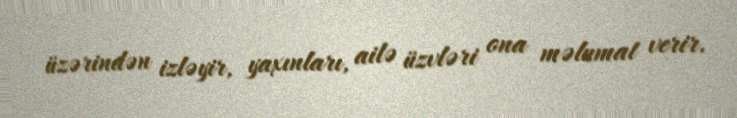
üzərindən izləyir, yaxınları, ailə üzvləri ona məlumat verir.